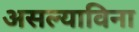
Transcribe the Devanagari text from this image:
असल्याविना